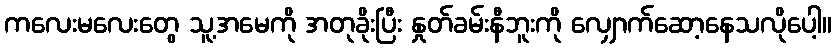
ကလေးမလေးတွေ သူ့အမေကို အတုခိုးပြီး နှုတ်ခမ်းနီဘူးကို လျှောက်ဆော့နေသလိုပေါ့။